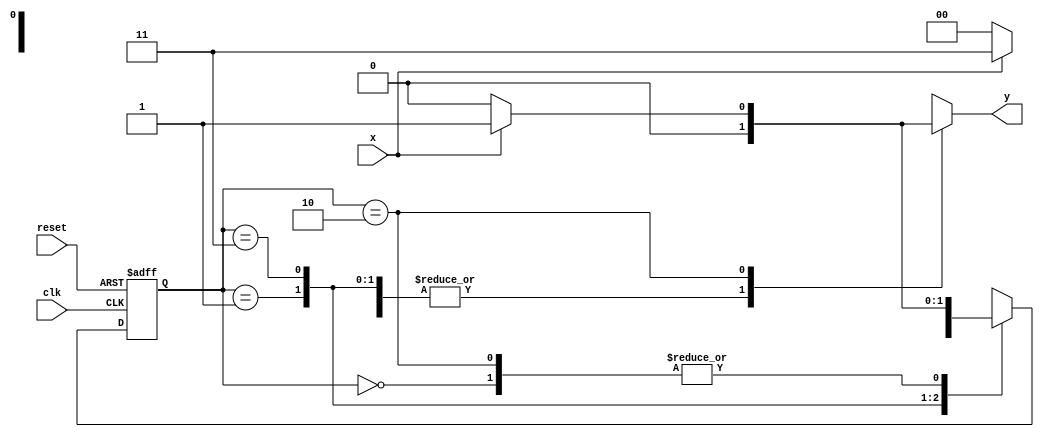
// ----------------------------------------------------
// --- Maquina de Mealy
// ----------------------------------------------------  

// ----------------------------------------------------
// -- constant definitions 
// ----------------------------------------------------
	`define found 1 
	`define notfound 0
	 
// ----------------------------------------------------
// -- FSM by Mealy 
// ----------------------------------------------------
module mealy1101 ( y, x, clk, reset ); 
	output y; 
	input x; 
	input clk; 
	input reset; 
	reg y; 

	parameter // -- state identifiers 
	
	start = 	2'b00, 
	id1 	= 	2'b01, 
	id11	=  2'b11, 
	id110 = 	2'b10; 
	
	reg [1:0] E1; // -- current state variables 
	reg [1:0] E2; // -- next state logic output 

	// -- next state logic 
	always @( x or E1 ) 
		begin 
		y = `notfound; 
		case ( E1 ) 
			start: 
			if ( x ) 
				E2 = id1; 
			else 
				E2 = start; 
			id1: 
			if ( x ) 
				E2 = id11; 
			else 
				E2 = start; 
			id11: 
			if ( x ) 
				E2 = id11; 
			else 
				E2 = id110; 
			id110: 
			if ( x ) 
				begin 
				E2 = id1; 
				y = `found; 
				end 
			else 
				begin 
				E2 = start; 
				y = `notfound; 
				end 
			default: // -- undefined state 
			E2 = 2'bxx; 
		endcase 
		end // -- always at signal or state changing 
	
	// -- state variables 
	always @( posedge clk or negedge reset ) 
		begin 
		if ( reset ) 
			E1 = E2; // -- updates current state 
		else 
			E1 = 0; // -- reset 
		end // -- always at signal changing 
endmodule // -- Fim modulo